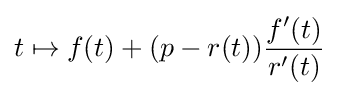
t\mapsto f(t)+(p-r(t)){f'(t) \over r'(t)}